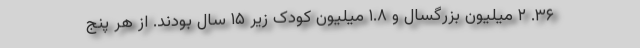
۳۶. ۲ میلیون بزرگسال و ۱.۸ میلیون کودک زیر ۱۵ سال بودند. از هر پنج